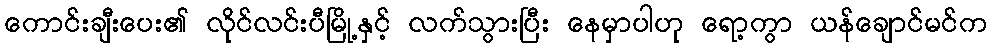
ကောင်းချီးပေး၏ လိုင်လင်းပီမြို့နှင့် လက်သွားပြီး နေမှာပါဟု ရော့ကွာ ယန်ချောင်မင်က